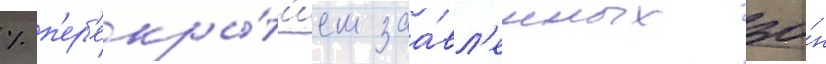
% п'ер'екры́т'ием заа́вл'енных зо́н